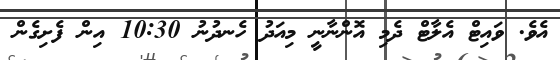
އެވެ. ވައިޓް އެލާޓް ދެމި އޮންނާނީ މިއަދު ހެނދުނު 10:30 އިން ފެށިގެން